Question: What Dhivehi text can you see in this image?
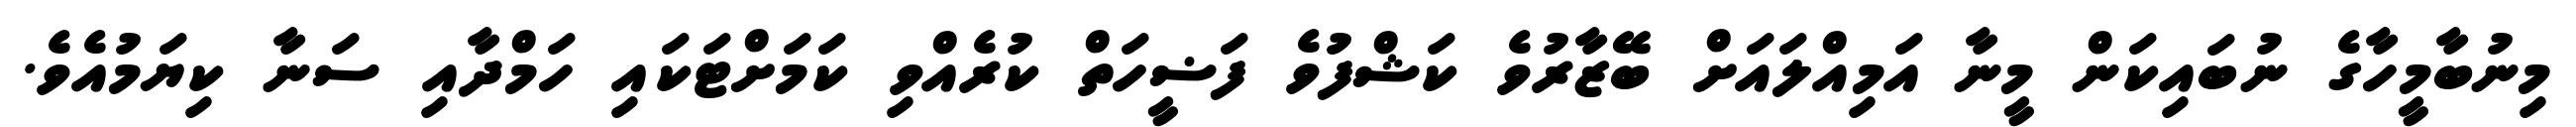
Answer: މިނުބާމީހާގެ ނުބައިކަން މީނާ އަމިއްލައަށް ބޭޒާރުވެ ކަޝްފުވެ ފަޟީހަތް ކުރެއްވި ކަމަށްޓަކައި ހަމްދާއި ސަނާ ކިޔަމުއެވެ.